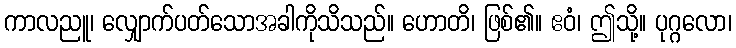
ကာလညူ၊ လျှောက်ပတ်သောအခါကိုသိသည်။ ဟောတိ၊ ဖြစ်၏။ ဧဝံ၊ ဤသို့။ ပုဂ္ဂလော၊